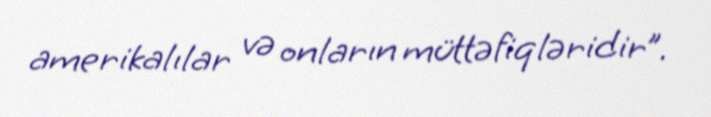
amerikalılar və onların müttəfiqləridir”.